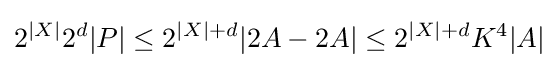
2^{|X|}2^{d}|P|\leq 2^{|X|+d}|2A-2A|\leq 2^{|X|+d}K^{4}|A|